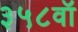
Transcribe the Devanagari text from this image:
३५८वॉ